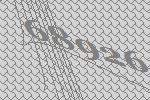
68926